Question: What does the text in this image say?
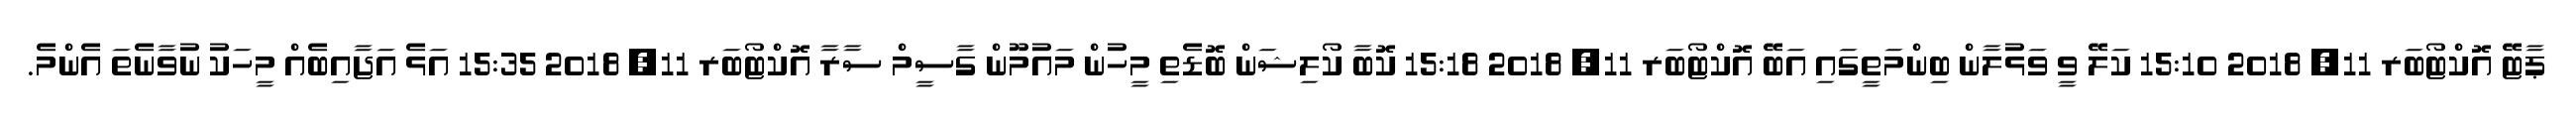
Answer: ޕާޓޭ އޮކްޓޯބަރ 11, 2018 15:10 ކަލޭ ވީ ވަޅުލާން ބިންމަތީގައި އަބޭ އޮކްޓޯބަރ 11, 2018 15:18 ކޮބާ ކޯލިޝަން ބޮޑެތި މީހުން މައުމޫން ގާސީމް ސާރާ އޮކްޓޯބަރ 11, 2018 15:35 އަޅެ އަޖާއިބެއް މީހަކު ނުވާނެތަ އެންމެ.